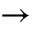
\rightarrow